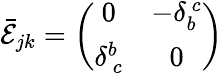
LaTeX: \bar{\cal E}_{jk}=\left(\begin{array}{cc}{{0}}&{{-\delta_{b}^{~c}}}\\ {{\delta_{~c}^{b}}}&{{0}}\end{array}\right)